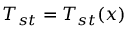
T _ { s t } = T _ { s t } ( x )